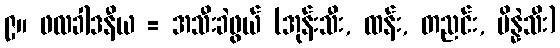
၉။ ဖလခါဒနီယ = အသီးခဲဖွယ် (အုန်းသီး, ထန်း, တညင်း, ပိန္နဲသီး)